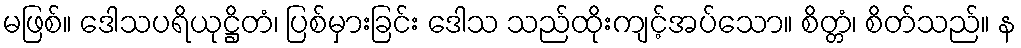
မဖြစ်။ ဒေါသပရိယုဋ္ဌိတံ၊ ပြစ်မှားခြင်း ဒေါသ သည်ထိုးကျင့်အပ်သော။ စိတ္တံ၊ စိတ်သည်။ န